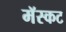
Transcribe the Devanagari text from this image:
मॅस्कट